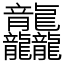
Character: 龘